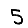
Digit: 5